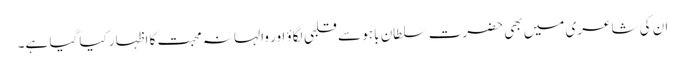
ان کی شاعری میں بھی حضرت سلطان باہو سے قلبی لگاؤ اور والہانہ محبت کا اظہار کیا گیا ہے۔